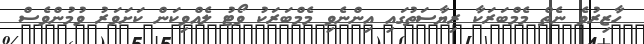
ހާޒިރުވެ ނެތް މެމްބަރަކާ ރިޔާސަތުގައި އިންނެވި މެމްބަރަކު ވޯޓު ލެއްވިކަން ކަށަވަރު ވުމުންވެސް